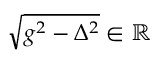
\sqrt { g ^ { 2 } - \Delta ^ { 2 } } \in \mathbb { R }